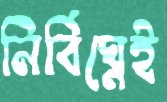
নির্বিঘ্নেই